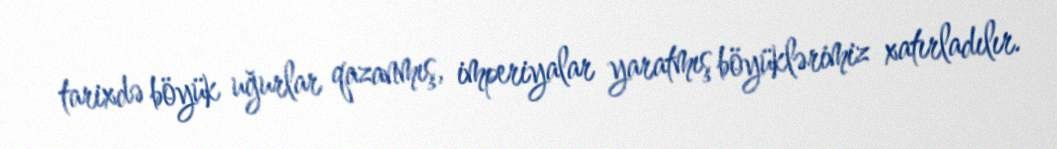
tarixdə böyük uğurlar qazanmış, imperiyalar yaratmış böyüklərimiz xatırladılır.